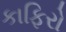
કાફિરો